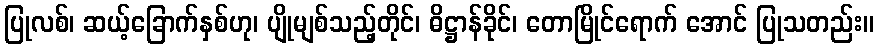
ပြုလစ်၊ ဆယ့်ခြောက်နှစ်ဟု၊ ပျိုမျစ်သည့်တိုင်၊ ဓိဋ္ဌာန်ခိုင်၊ တောမြိုင်ရောက် အောင် ပြုသတည်း။